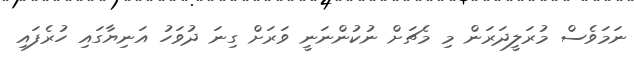
ނަމަވެސް މުރަލީދަރަން މި މެޗަށް ނުކުންނަނީ ވަރަށް ގިނަ ދުވަހު އަނިޔާގައި ހުރެފައި